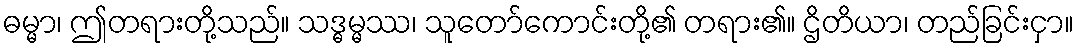
ဓမ္မာ၊ ဤတရားတို့သည်။ သဒ္ဓမ္မဿ၊ သူတော်ကောင်းတို့၏ တရား၏။ ဌိတိယာ၊ တည်ခြင်းငှာ။